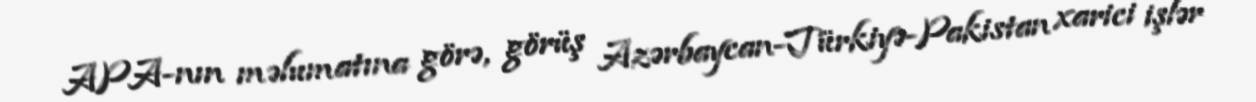
APA-nın məlumatına görə, görüş Azərbaycan-Türkiyə-Pakistan xarici işlər